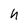
Character: h